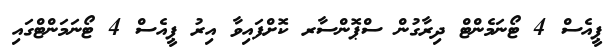
ޕީއެސް 4 ޓޯނަމެންޓް ދިރާގުން ސްޕޮންސާރ ކޮށްފައިވާ އިރު ޕީއެސް 4 ޓޯނަމަންޓްގައި